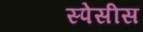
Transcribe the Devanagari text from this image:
स्पेसीस